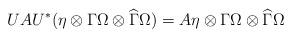
LaTeX: \begin{align*}UAU^*(\eta \otimes \Gamma \Omega \otimes \widehat{\Gamma}\Omega) = A \eta \otimes \Gamma \Omega \otimes \widehat{\Gamma}\Omega\end{align*}